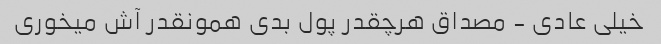
خیلی عادی - مصداق هرچقدر پول بدی همونقدر آش میخوری